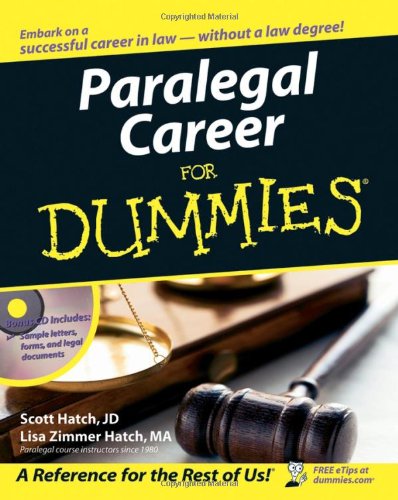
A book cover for Paralegal Career For Dummies; Scott Hatch; Business & Money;